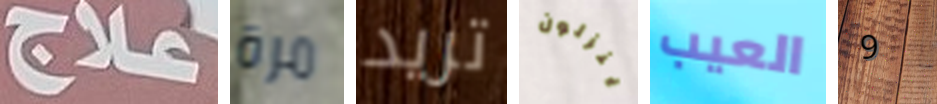
علاج مرة تريد ينزلون العيب 9